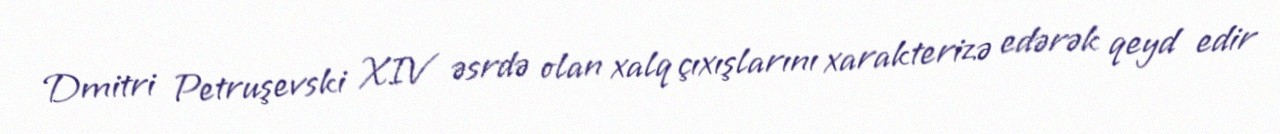
Dmitri Petruşevski XIV əsrdə olan xalq çıxışlarını xarakterizə edərək qeyd edir